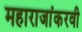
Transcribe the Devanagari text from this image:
महाराजांकरवी